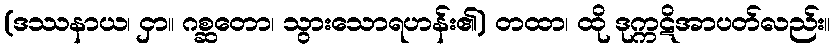
(ဒဿနာယ၊ ငှာ။ ဂစ္ဆတော၊ သွားသောရဟန်း၏) တထာ၊ ထို ဒုက္ကဋိအာပတ်လည်း။